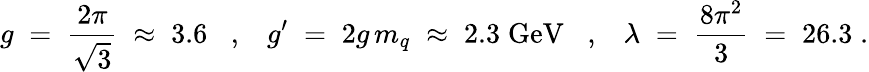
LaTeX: g\; =\; \frac{2\pi}{\sqrt{3}}\; \approx\; 3.6\; \; \; ,\; \; \; g^{\prime}\; =\; 2g\, m_{q}\; \approx\; 2.3\; \mathrm{GeV}\; \; \; ,\; \; \; \lambda\; =\; \frac{8\pi^{2}}{3}\; =\; 26.3\; .